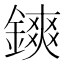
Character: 鏯